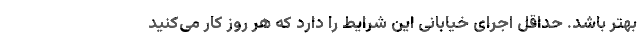
بهتر باشد. حداقل اجرای خیابانی این شرایط را دارد که هر روز کار می‌کنید